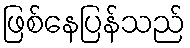
ဖြစ်နေပြန်သည်